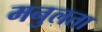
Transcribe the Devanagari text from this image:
मनुलता